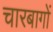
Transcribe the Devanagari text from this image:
चारबागों